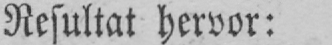
Resultat hervor: